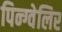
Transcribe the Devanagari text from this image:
पिन्ग्वेलिर